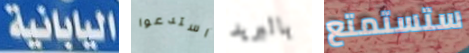
اليابانية استدعوا بالبريد ستستمتع